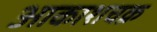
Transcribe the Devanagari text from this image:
आकाशचक्र